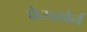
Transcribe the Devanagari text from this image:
फेयरबेर्न